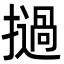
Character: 撾